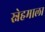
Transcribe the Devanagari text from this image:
स्नेहमाला